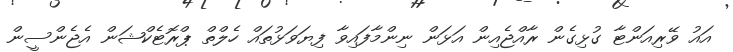
އައު ވޭރިއަންޓާ ގުޅިގެން ރާއްޖެއިން އަޅަން ނިންމާފައިވާ ފިޔަވަޅުތައް ހެލްތް ޕްރޮޓެކްޝަން އެޖެންސީން